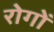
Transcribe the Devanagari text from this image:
रोगाें